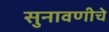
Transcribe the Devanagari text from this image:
सुनावणीचे